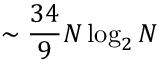
\sim { \frac { 3 4 } { 9 } } N \log _ { 2 } N